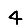
Digit: 4